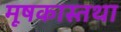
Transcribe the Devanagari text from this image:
मूषकास्तथा